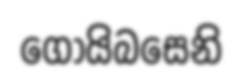
ගොයිබසෙනි